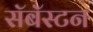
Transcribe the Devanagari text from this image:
सॅबॅस्टन